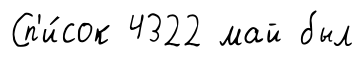
Сп'и́сок 4322 май был